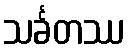
သင်္ခတဿ